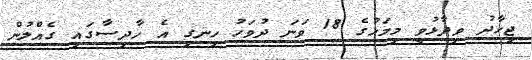
ޖިހާދު ވިދާޅުވީ މިމަހުގެ 18 ވަނަ ދުވަހު ހިނގި އެ ހާދިސާގައި ގެއްލުން